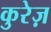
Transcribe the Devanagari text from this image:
कुरेज़